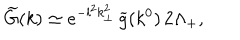
LaTeX: \widetilde { G } ( k ) \simeq e ^ { - l ^ { 2 } k _ { \perp } ^ { 2 } } \, \widetilde { g } ( k ^ { 0 } ) \, 2 \Lambda _ { + } ,